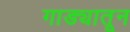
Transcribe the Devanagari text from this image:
गाड्यातून